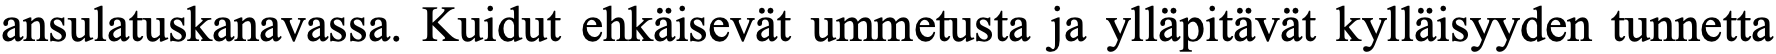
ansulatuskanavassa. Kuidut ehkäisevät ummetusta ja ylläpitävät kylläisyyden tunnetta